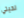
لحيتي